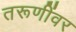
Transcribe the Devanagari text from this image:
तरूणींवर